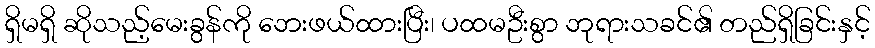
ရှိမရှိ ဆိုသည့်မေးခွန်ကို ဘေးဖယ်ထားပြီး၊ ပထမဦးစွာ ဘုရားသခင်၏ တည်ရှိခြင်းနှင့်